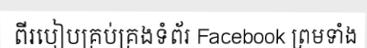
ពីរបៀបគ្រប់គ្រងទំព័រ Facebook ព្រមទាំង